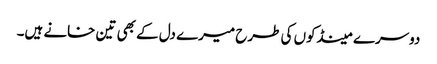
دوسرے مینڈکوں کی طرح میرے دل کے بھی تین خانے ہیں۔